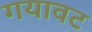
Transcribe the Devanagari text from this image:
गयावट